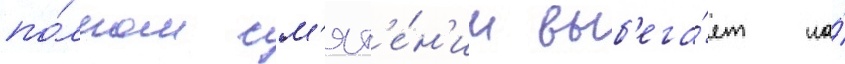
по́лном см'ят'е́н'ии выб'ега́ет на́